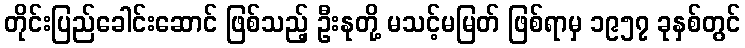
တိုင်းပြည်ခေါင်းဆောင် ဖြစ်သည့် ဦးနုတို့ မသင့်မမြတ် ဖြစ်ရာမှ ၁၉၅၇ ခုနှစ်တွင်